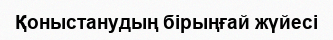
Қоныстанудың бірыңғай жүйесі